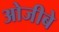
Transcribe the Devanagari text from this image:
ओजीबे